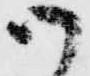
御